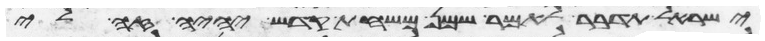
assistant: ישראל תדבר לאמר שמן משחת קדש יהיה זה לי